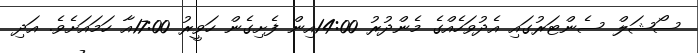
ސޯޝަލް ސެންޓަރުގައި އެދުވަހެއްގެ މެންދުރު 14:00އިން ފެށިގެން ހަވީރު 17:00އާ ހަމައަށެވެ. އަދި